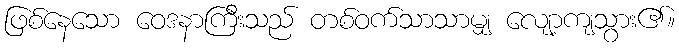
ဖြစ်နေသော ဝေဒနာကြီးသည် တစ်ဝက်သာသာမျှ လျော့ကျသွား၏။